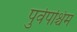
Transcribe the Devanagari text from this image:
पुर्वपश्चिम